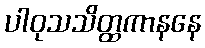
ပါဝုသသိတ္ထကာနနေ